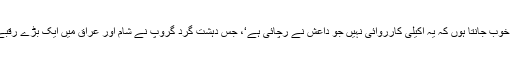
اُنھوں نے کہا کہ ،’میں خوب جانتا ہوں کہ یہ اکیلی کارروائی نہیں جو داعش نے رچائی ہے‘، جس دہشت گرد گروپ نے شام اور عراق میں ایک بڑے رقبے تک تسلط جما لیا ہے۔